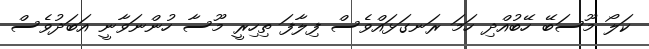
ކަލޯ މޫސަބޭ ހޭބުއްދި ހަމަ ރަނގަޅައްވެސް ފިލާފަ ތިހިރީ މޫސާ ހުންނަވާނީ އަބަދުވެސް